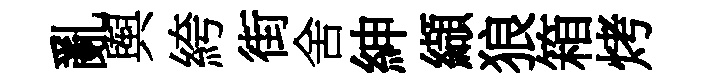
亂舆絝街舍紳纈狼箱烤